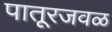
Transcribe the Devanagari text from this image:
पातूरजवळ